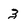
Character: 3